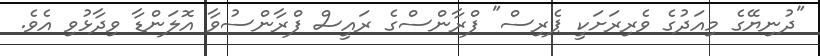
"ދުނިޔޭގެ މިއަދުގެ ވެރިރަށަކީ ޕެރިސް" ފްރާންސްގެ ރައީސް ފްރާންސުވާ އޮލަންޑާ ވިދާޅުވި އެވެ.